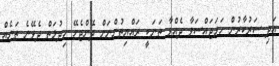
އަދި ސަރުކާރުން ހަމަޖައްސަވާ ދެއްވާ ތަނަކީ ރައްޔިތުންނަށް ދޭންޖެހޭ ހިދުމަތް ދެވޭނެ ތަނެއް